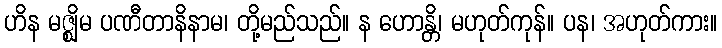
ဟိန မဇ္ဈိမ ပဏီတာနိနာမ၊ တို့မည်သည်။ န ဟောန္တိ၊ မဟုတ်ကုန်။ ပန၊ အဟုတ်ကား။